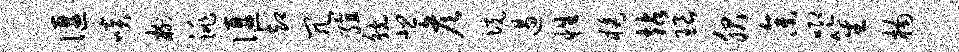
偃啖榭洮偃却冗殖觥悲彦境遏性橘站琅服参唧笙楠